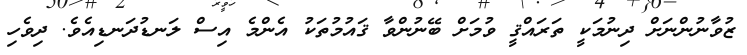
ޒުވާނުންނަށް ދިނުމަކީ ތަރައްޤީ ވުމަށް ބޭނުންވާ ޤައުމުތަކު އެންމެ އިސް ލަނޑުދަނޑިއެވެ. ދިވެހި